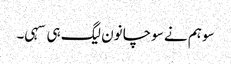
سو ہم نے سوچا نون لیگ ہی سہی۔